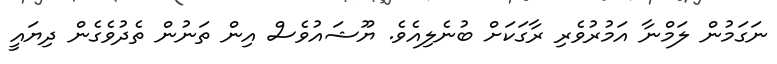
ނަގަމުން ލަމްނާ އަމުރުވެރި ރާގަކަށް ބުނެލިއެވެ. ޔޫޝައުވެސް އިން ތަނުން ތެދުވެގެން ދިޔައީ